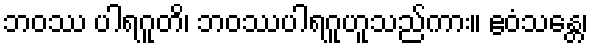
ဘဝဿ ပါရဂူတိ၊ ဘဝဿပါရဂူဟူသည်ကား။ ဧဝံသန္တေ၊